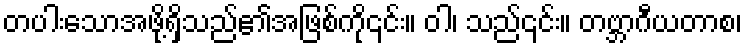
တပါးသောအဖို့ရှိသည်၏အဖြစ်ကို၎င်း။ ဝါ၊ သည်၎င်း။ တဗ္ဘာဂီယတာစ၊